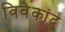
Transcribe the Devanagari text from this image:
विवेकांद